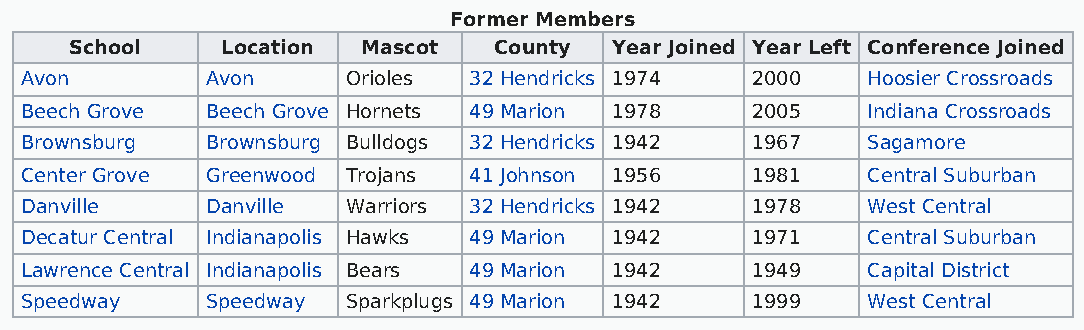
Former Members
 School    Location Mascot   County Year Joined Year Left Conference Joined
 Avon         Avon     Orioles 32 Hendricks 1974  2000   Hoosier Crossroads
 Beech Grove  Beech Grove Hornets 49 Marion 1978  2005   Indiana Crossroads
 Brownsburg   Brownsburg Bulldogs 32 Hendricks 1942 1967 Sagamore
 Center Grove Greenwood Trojans 41 Johnson 1956   1981   Central Suburban
 Danville     Danville Warriors 32 Hendricks 1942 1978   West Central
 Decatur Central Indianapolis Hawks 49 Marion 1942 1971  Central Suburban
 Lawrence Central Indianapolis Bears 49 Marion 1942 1949 Capital District
 Speedway     Speedway Sparkplugs 49 Marion 1942  1999   West Central